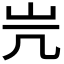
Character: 𡵂